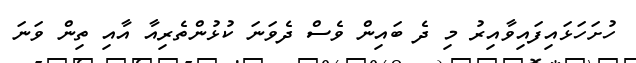
ހުށަހަޅައިފައިވާއިރު މި ދެ ބައިން ވެސް ދެވަނަ ކުޅުންތެރިއާ އާއި ތިން ވަނަ